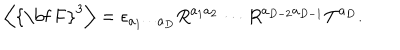
\left\langle \mathrm { { \bf ~ F } } ^ { 3 } \right\rangle = \epsilon _ { a _ { 1 } \cdots a _ { D } } R ^ { a _ { 1 } a _ { 2 } } \cdots R ^ { a _ { D - 2 } a _ { D - 1 } } T ^ { a _ { D } } .